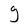
Character: g